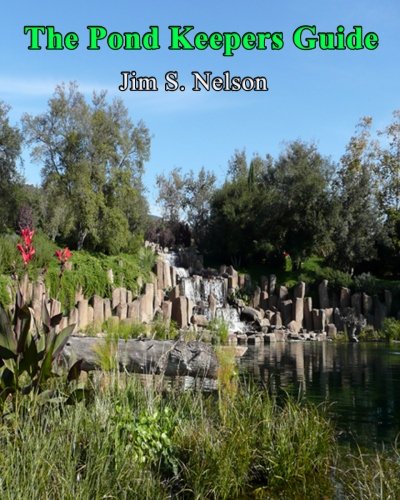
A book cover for The Pond Keepers Guide: How to make a self-managing pond using Nature's components; Dr. Jim S. Nelson; Science & Math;